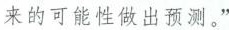
来的可能性做出预测。”